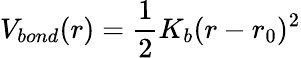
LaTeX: V_{bond}(r)=\frac{1}{2}K_{b}(r-r_{0})^{2}